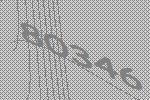
80346